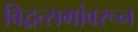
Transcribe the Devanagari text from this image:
विद्वत्सभांवरून